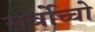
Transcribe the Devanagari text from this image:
सर्बोच्चो